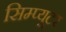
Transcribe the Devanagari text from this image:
सिम्प्यूटर